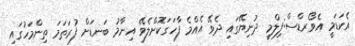
އެކަޑަމީ އެވޯރޑްސް:ފިލްމީ ދުނިޔޭގައި ދެވޭ އެއްމެ ފާހަގަކޮށްލެވޭ އިނާމު ބަނޑަށް ފުރަތަމަ ތިންމަހުގައި